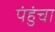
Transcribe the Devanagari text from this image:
पंहुंचा